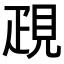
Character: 𧠣